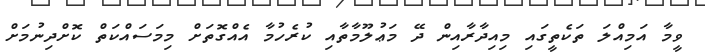
ވީމާ އަމިއްލަ ތަކެތީގައި މިއިދާރާއިން ދޭ މަޢުލޫމާތާއި ކުރެހުމާ އެއްގޮތަށް މިމަސައްކަތް ކޮށްދިނުމަށް